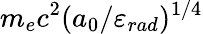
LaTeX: m_{e}c^{2}(a_{0}/\varepsilon_{rad})^{1/4}